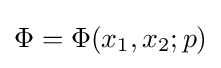
\Phi =\Phi (x_{1},x_{2};p)